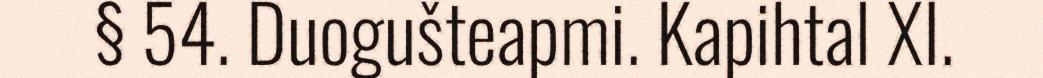
§ 54. Duogušteapmi. Kapihtal XI.